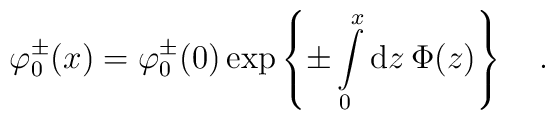
\varphi _{0}^{\pm}(x)=\varphi _{0}^{\pm}(0)\exp\left\{\pm\int\limits_{0}^{x}{\rm d}z\,\Phi (z)\right\}\quad .